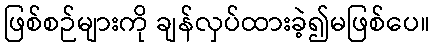
ဖြစ်စဉ်များကို ချန်လှပ်ထားခဲ့၍မဖြစ်ပေ။